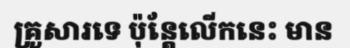
គ្រួសារទេ ប៉ុន្តែលើកនេះ មាន